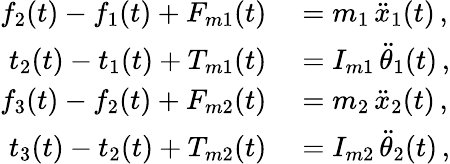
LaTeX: \begin{array}{rl}{f_{2}(t)-f_{1}(t)+F_{m1}(t)}&{{}=m_{1}\, \ddot{x}_{1}(t)\, ,}\\ {t_{2}(t)-t_{1}(t)+T_{m1}(t)}&{{}=I_{m1}\, \ddot{\theta}_{1}(t)\, ,}\\ {f_{3}(t)-f_{2}(t)+F_{m2}(t)}&{{}=m_{2}\, \ddot{x}_{2}(t)\, ,}\\ {t_{3}(t)-t_{2}(t)+T_{m2}(t)}&{{}=I_{m2}\, \ddot{\theta}_{2}(t)\, ,}\end{array}